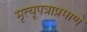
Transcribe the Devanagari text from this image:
मृत्यूपत्राप्रमाणे